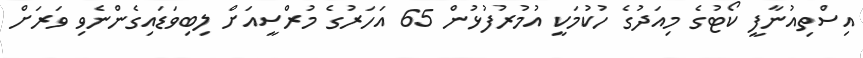
އިސްތިއުނާފީ ކޯޓުގެ މިއަދުގެ ހުކުމަކީ އުމުރުފުޅުން 65 އަހަރުގެ މުރްސީއަށް ލިބިވަޑައިގެންނެވި ވަރަށް